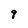
Character: 9